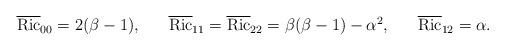
LaTeX: \begin{align*}\begin{array}{lll}\overline{\mathrm{Ric}}_{00}=2(\beta-1), \ \ \ & \overline{\mathrm{Ric}}_{11}=\overline{\mathrm{Ric}}_{22}=\beta(\beta-1)-\alpha^2, \ \ \ & \overline{\mathrm{Ric}}_{12}=\alpha.\\\end{array}\end{align*}